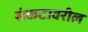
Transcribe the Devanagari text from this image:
संकटावरील